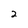
Character: 2